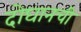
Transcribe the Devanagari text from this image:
दोघानची